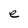
Character: e